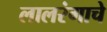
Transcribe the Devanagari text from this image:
लालरंगाचे